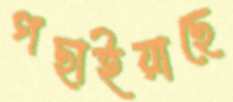
গছাইয়াছে